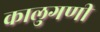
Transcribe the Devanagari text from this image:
कालुगणी